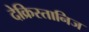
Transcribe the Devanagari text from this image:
देक्रिस्तानिज